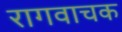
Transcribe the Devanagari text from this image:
रागवाचक